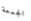
الجمعة